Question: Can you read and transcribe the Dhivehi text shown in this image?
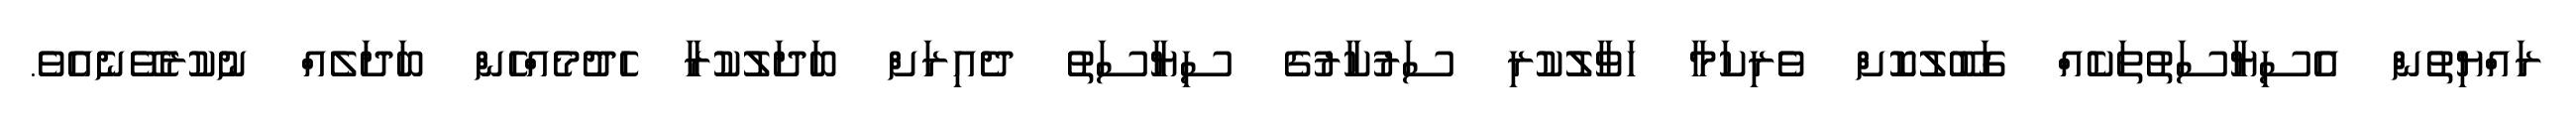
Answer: ރައްޔިތުން އެސިޔާސަތުތަކެއް ގަބޫލުކޮށް ވެރިކަމާ ހަވާލުކުރި ސަރުކާރުގެ ސިޔާސަތު ދެއިރަށް ބަދަލުކުރާ ހެދުމެއްހެން ބަދަލެއް ނުކުރެވޭނެއެވެ.